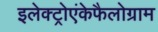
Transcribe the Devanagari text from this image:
इलेक्ट्रोएंकेफैलोग्राम